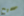
صحيح